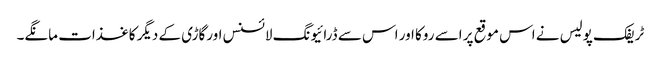
ٹریفک پولیس نے اس موقع پر اسے روکا اور اس سے ڈرائیونگ لائسنس اورگاڑی کے دیگر کاغذات مانگے۔